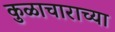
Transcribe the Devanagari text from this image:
कुळाचाराच्या